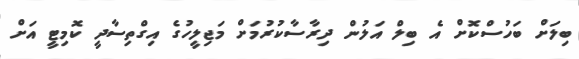
ބިލަށް ބަހުސްކޮށް އެ ބިލް އަލުން ދިރާސާކުރުމަށް މަޖިލީހުގެ އިގްތިސާދީ ކޮމިޓީ އަށް